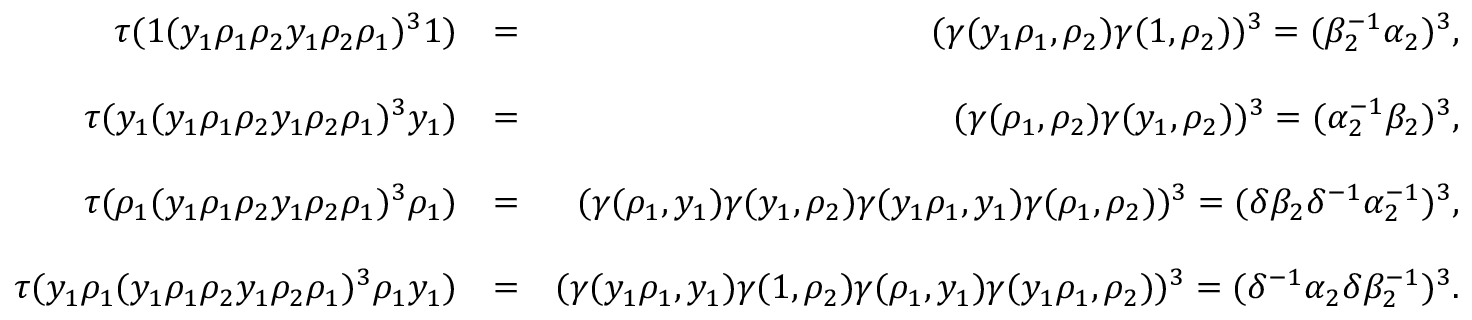
\begin{array} { r l r } { \tau ( 1 ( y _ { 1 } \rho _ { 1 } \rho _ { 2 } y _ { 1 } \rho _ { 2 } \rho _ { 1 } ) ^ { 3 } 1 ) } & { = } & { ( \gamma ( y _ { 1 } \rho _ { 1 } , \rho _ { 2 } ) \gamma ( 1 , \rho _ { 2 } ) ) ^ { 3 } = ( \beta _ { 2 } ^ { - 1 } \alpha _ { 2 } ) ^ { 3 } , } \\ & { } & \\ { \tau ( y _ { 1 } ( y _ { 1 } \rho _ { 1 } \rho _ { 2 } y _ { 1 } \rho _ { 2 } \rho _ { 1 } ) ^ { 3 } y _ { 1 } ) } & { = } & { ( \gamma ( \rho _ { 1 } , \rho _ { 2 } ) \gamma ( y _ { 1 } , \rho _ { 2 } ) ) ^ { 3 } = ( \alpha _ { 2 } ^ { - 1 } \beta _ { 2 } ) ^ { 3 } , } \\ & { } & \\ { \tau ( \rho _ { 1 } ( y _ { 1 } \rho _ { 1 } \rho _ { 2 } y _ { 1 } \rho _ { 2 } \rho _ { 1 } ) ^ { 3 } \rho _ { 1 } ) } & { = } & { ( \gamma ( \rho _ { 1 } , y _ { 1 } ) \gamma ( y _ { 1 } , \rho _ { 2 } ) \gamma ( y _ { 1 } \rho _ { 1 } , y _ { 1 } ) \gamma ( \rho _ { 1 } , \rho _ { 2 } ) ) ^ { 3 } = ( \delta \beta _ { 2 } \delta ^ { - 1 } \alpha _ { 2 } ^ { - 1 } ) ^ { 3 } , } \\ & { } & \\ { \tau ( y _ { 1 } \rho _ { 1 } ( y _ { 1 } \rho _ { 1 } \rho _ { 2 } y _ { 1 } \rho _ { 2 } \rho _ { 1 } ) ^ { 3 } \rho _ { 1 } y _ { 1 } ) } & { = } & { ( \gamma ( y _ { 1 } \rho _ { 1 } , y _ { 1 } ) \gamma ( 1 , \rho _ { 2 } ) \gamma ( \rho _ { 1 } , y _ { 1 } ) \gamma ( y _ { 1 } \rho _ { 1 } , \rho _ { 2 } ) ) ^ { 3 } = ( \delta ^ { - 1 } \alpha _ { 2 } \delta \beta _ { 2 } ^ { - 1 } ) ^ { 3 } . } \end{array}